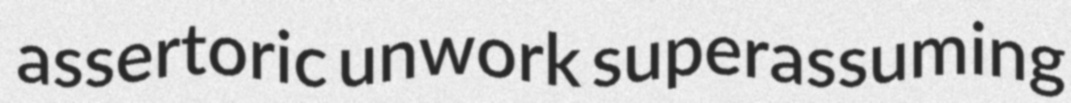
assertoric unwork superassuming